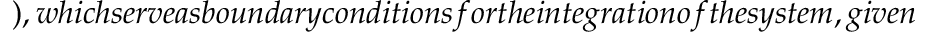
) , w h i c h s e r v e a s b o u n d a r y c o n d i t i o n s f o r t h e i n t e g r a t i o n o f t h e s y s t e m , g i v e n